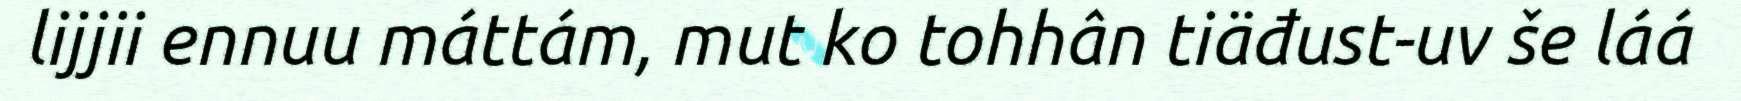
lijjii ennuu máttám, mut ko tohhân tiäđust-uv še láá